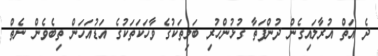
ދެ އަތް އުރާލައިގެން ދުންފަތާ ގުޅުންހުރި ބަލިތަކުގެ ވާހަކަތަކުގެ އަޑުއަހަން ތިބެވެން ނެތް